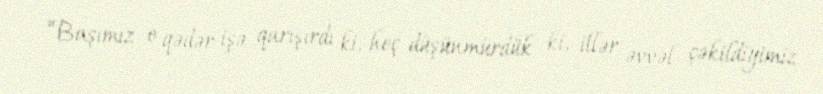
“Başımız o qədər işə qarışırdı ki, heç düşünmürdük ki, illər əvvəl çəkildiyimiz